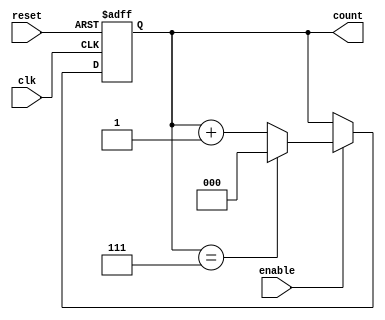
module binary_up_counter #(
    parameter N = 3  // Number of bits for the counter (Change as needed)
)(
    input wire clk,         // Clock input
    input wire reset,       // Asynchronous reset input
    input wire enable,      // Enable input
    output reg [N-1:0] count // N-bit output count
);

// Always block for counter operation
always @(posedge clk or posedge reset) begin
    if (reset) begin
        count <= 0;  // Reset the count to 0
    end else if (enable) begin
        if (count == (2**N - 1)) begin
            count <= 0;  // Wrap around to zero on reaching max value
        end else begin
            count <= count + 1;  // Increment the count
        end
    end
end

endmodule